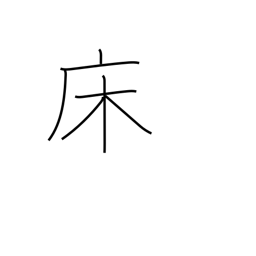
Meaning: bed